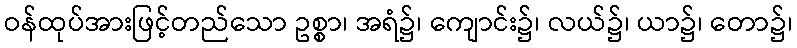
ဝန်ထုပ်အားဖြင့်တည်သော ဥစ္စာ၊ အရံ၌၊ ကျောင်း၌၊ လယ်၌၊ ယာ၌၊ တော၌၊